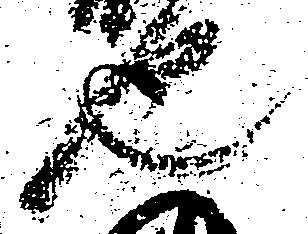
也